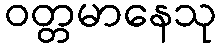
ဝတ္တမာနေသု